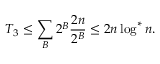
T _ { 3 } \leq \sum _ { B } 2 ^ { B } { \frac { 2 n } { 2 ^ { B } } } \leq 2 n \log ^ { * } n .